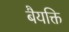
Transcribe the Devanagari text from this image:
बैयक्ति